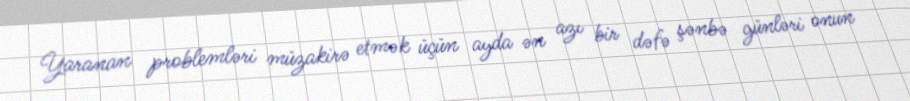
Yaranan problemləri müzakirə etmək üçün ayda ən azı bir dəfə şənbə günləri onun